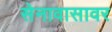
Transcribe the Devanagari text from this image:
सेनावासावर